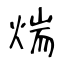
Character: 煓